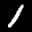
Label: 1